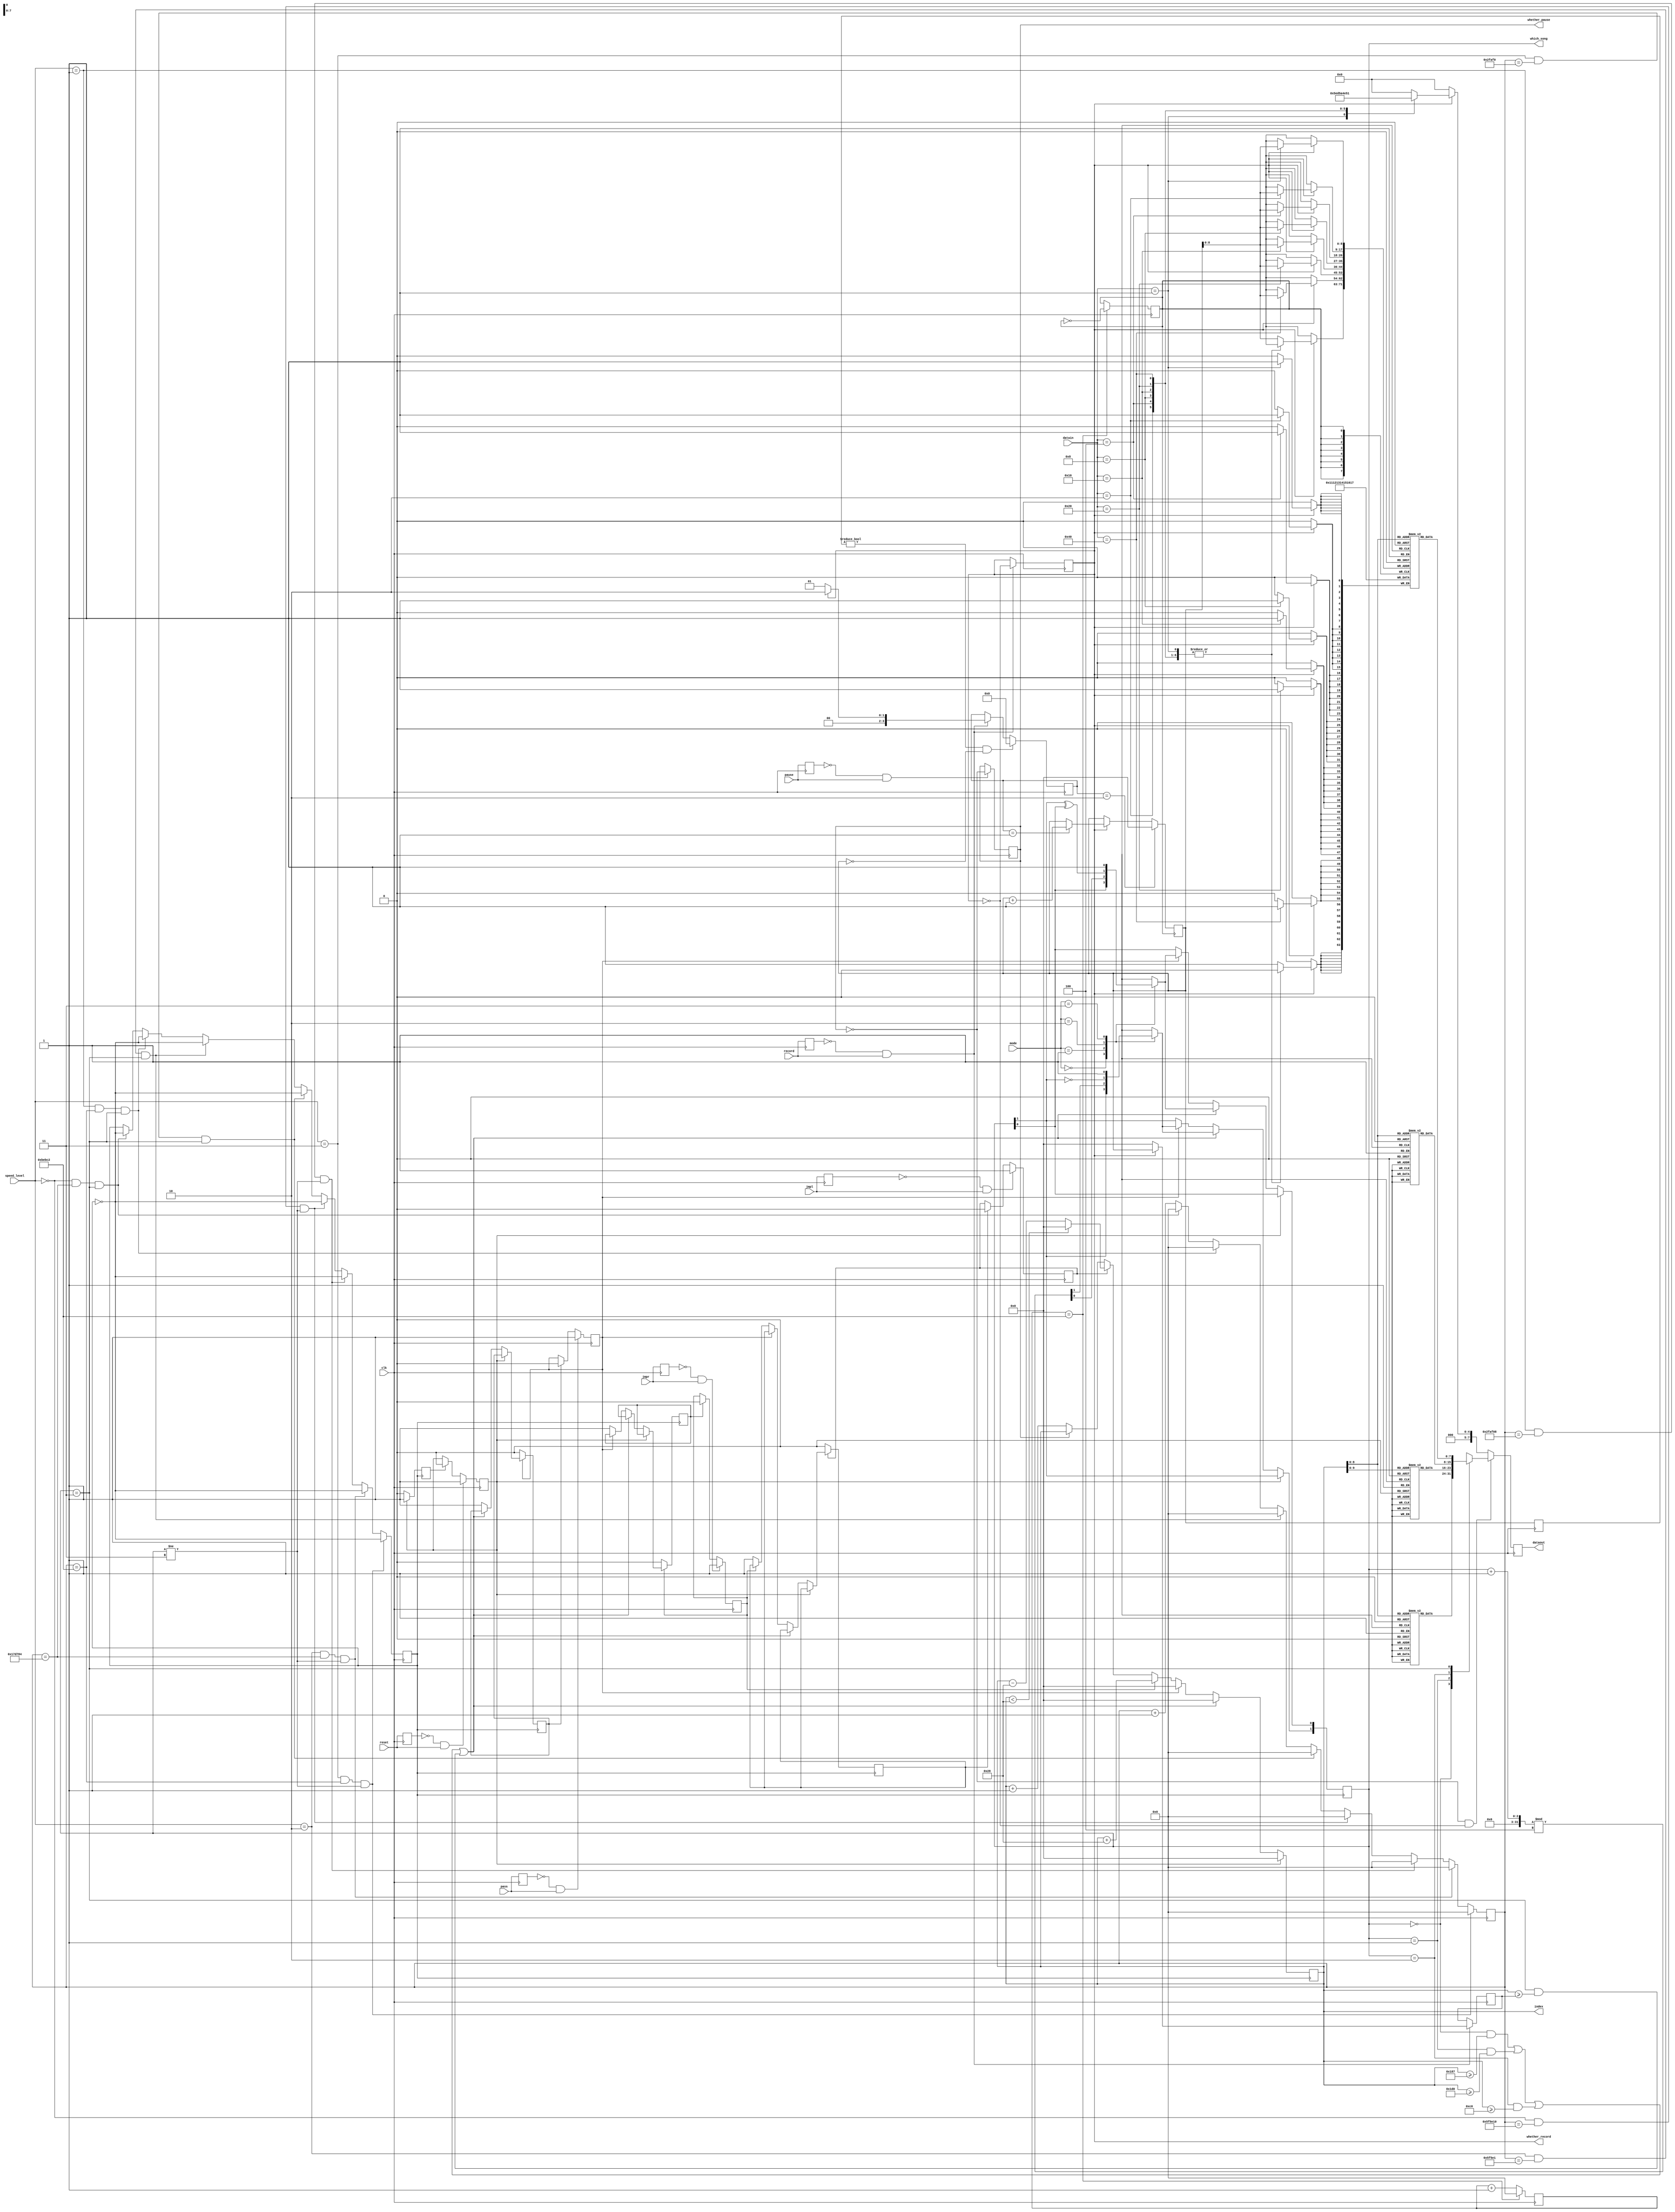
module get_music(
clk,
dataout,
reset,
pause,
speed_level,
mode,
pass,
which_song,
index,
jmpr,
jmpl,
datain,
record,
whether_record,
whether_pause
);
input [6:0]datain;

input [1:0]speed_level;
input [1:0]mode;
input clk;
output reg [7:0] dataout;

input reset;
reg last_reset;
reg whether_reset;
reg finish_reset;

input pause;
reg last_pause;
output reg whether_pause;

input pass;
reg last_pass;
reg whether_pass;
reg finish_pass;

input jmpr;
reg last_jmpr;
reg whether_jmpr;
reg finish_jmpr;

input jmpl;
reg last_jmpl;
reg whether_jmpl;
reg finish_jmpl;

input record;
reg last_record;
output reg whether_record;
reg [10:0]last_redex;
reg [10:0]redex;
reg [10:0]recordlong;
reg clk_record;
reg[25:0]count_record;
reg [3:0]record_state;


reg [25:0] count_clk;
reg clk_song;
output reg [10:0]index;
output reg [1:0]which_song;
(* ram_init_file = "littleStars.mif" *) reg [7:0] music0[400:0];
(* ram_init_file = "river.mif" *) reg [7:0] music1 [512:0];
(* ram_init_file = "Edelweiss.mif" *) reg [7:0] music2 [256:0];
 reg [7:0] music3 [471:0];
 

always @(posedge clk)
begin
//
	last_jmpl<=jmpl;
	if(last_jmpl==0&&jmpl==1)
	whether_jmpl<=1;
	else if(finish_jmpl==1)
	whether_jmpl<=0;
//
	last_jmpr<=jmpr;
	if(last_jmpr==0&&jmpr==1)
	whether_jmpr<=1;
	else if(finish_jmpr==1)
	whether_jmpr<=0;

//
	last_pass<=pass;
	if(last_pass==0&&pass==1)
	whether_pass<=1;
	else if(finish_pass==1)
	whether_pass<=0;
//
	last_reset<=reset;
	if(last_reset==0&&reset==1)
	whether_reset<=1;
	else if(finish_reset==1)
	whether_reset<=0;
//
last_pause<=pause;
if(last_pause==0&&pause==1)
whether_pause<=~whether_pause;

//
last_redex<=redex;
last_record<=record;
if(last_record==0&&record==1)
begin
	whether_record<=~whether_record;
	if(whether_record==0)
	begin
			record_state=1;//
			recordlong<=0;
	end
	else 
	begin
		recordlong<=redex;
		record_state<=2;//
	end
end
if(last_redex!=0&&redex==0)
	record_state<=0;//redex

	
	
//
	if(whether_pause==0&&whether_record==0)
	begin
	case(which_song)
	2'b00:dataout <= music0[index[10:0]];
	2'b01:dataout<=music1[index[10:0]];
	2'b10:dataout<=music2[index[10:0]];
	2'b11:dataout<=music3[index[10:0]];
	endcase
	end
//
	else if(whether_record==1)
	begin
		case(datain)
		7'b0000001:dataout<=8'h17;
		7'b0000010:dataout<=8'h16;
		7'b0000100:dataout<=8'h15;
		7'b0001000:dataout<=8'h14;
		7'b0010000:dataout<=8'h13;
		7'b0100000:dataout<=8'h12;
		7'b1000000:dataout<=8'h11;
		default:dataout<=8'h00;
		endcase
	end
	
	else dataout<=0;
	
	//clk_song
	if(speed_level==2'b11&&count_clk==781250&&which_song!=2'b11)
		begin
			count_clk <=0;
			clk_song <= ~clk_song;
		end
	else if(speed_level==2'b10&&count_clk==1562500&&which_song!=2'b11)
	begin
			count_clk <=0;
			clk_song <= ~clk_song;
	end
	else if(speed_level==2'b01&&count_clk==3125000&&which_song!=2'b11)
		begin
			count_clk <=0;
			clk_song <= ~clk_song;
		end
	else if(speed_level==2'b00&&count_clk==6250000&&which_song!=2'b11)
	begin
			count_clk <=0;
			clk_song <= ~clk_song;
	end
	
	else if(speed_level==2'b11&&count_clk==195312&&which_song==2'b11)
		begin
			count_clk <=0;
			clk_song <= ~clk_song;
		end
	else if(speed_level==2'b10&&count_clk==390625&&which_song==2'b11)
	begin
			count_clk <=0;
			clk_song <= ~clk_song;
	end
	
	else if(speed_level==2'b01&&count_clk==781250&&which_song==2'b11)
		begin
			count_clk <=0;
			clk_song <= ~clk_song;
		end
	else if(speed_level==2'b00&&count_clk==1562500&&which_song==2'b11)
	begin
			count_clk <=0;
			clk_song <= ~clk_song;
	end
	else
		count_clk <= count_clk+1;
		
	//clk_record
	if(count_record==781250)
	begin
			count_record <=0;
			clk_record <= ~clk_record;
	end
	
	else
		count_record <= count_record+1;
 end
 
 //index
 
 always@(posedge clk_song)
 begin
 //
	if(whether_reset==1)
	begin
	index<=0;
	finish_reset<=1;
	end
//
	else if((which_song==2'b00&&index>=11'h187)||(which_song==2'b01&&index>=11'h1d0)||(which_song==2'b10&&index>=11'hc0)||(which_song==2'b11&&index>=recordlong))
	begin
		index<=0;
		case(mode)
		2'b00:which_song<=which_song;//
		2'b01:which_song<=(which_song+1)%4;//
		2'b10:begin which_song[1]<=~which_song[1];which_song[0]<=which_song[1]^which_song[0];end//
		2'b11:which_song<=2'b11;
		default:which_song<=which_song;
		endcase
	end
//
	else if(whether_pass==1)
	begin
		index<=0;
		case(mode)
		2'b00:which_song<=which_song;//
		2'b01:which_song<=(which_song+1)%4;//
		2'b10:begin which_song[1]<=~which_song[1];which_song[0]<=which_song[1]^which_song[0];end//
		2'b11:which_song<=2'b11;
		default:which_song<=which_song;
		endcase
		finish_pass<=1;
	end
//
	else if(whether_jmpr==1)begin index<=index+40;finish_jmpr<=1;end
//
	else if(whether_jmpl==1)
	begin 
	if(index<40)index<=0;
	else index<=index-40;
	finish_jmpl<=1;
	end
//
	else if(whether_pause==0)index<=index+1;//
	
	if(whether_pass==0)finish_pass<=0;
	if(whether_reset==0)finish_reset<=0;
	if(whether_jmpr==0)finish_jmpr<=0;
	if(whether_jmpl==0)finish_jmpl<=0;
 end
 
 
 
 
 always@(posedge clk_record)
 begin
	if(whether_record==1)
	begin
		case(datain)
			7'b0000001:
			begin 
			music3[redex[10:0]]<=8'h17;
			end
			7'b0000010:
			begin
			music3[redex[10:0]]<=8'h16;
			end
			7'b0000100:
			begin
			music3[redex[10:0]]<=8'h15;
			end
			7'b0001000:
			begin
			music3[redex[10:0]]<=8'h14;
			end
			7'b0010000:
			begin
			music3[redex[10:0]]<=8'h13;
			end
			7'b0100000:
			begin
			music3[redex[10:0]]<=8'h12;
			end
			7'b1000000:
			begin
			music3[redex[10:0]]<=8'h11;
			end
			default:	
			begin 
			music3[redex[10:0]]<=8'h00;
			end
		endcase
		if(record_state==1)
			redex<=redex+1;
	end
	
	if(record_state==2)
			redex<=0;
end
endmodule